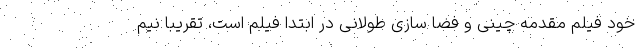
خود فیلم مقدمه چینی و فضا سازی طولانی در ابتدا فیلم است، تقریبا نیم